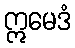
ဣမေဒံ